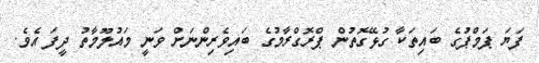
ފަޔަ ޕަމްޕުގެ ބައިތަކާ ގުޅޭގޮތުން ޕްރޮގްރާމުގެ ބައިވެރިންނަށް ވަނީ މައުލޫމާތު ދީފަ އެވެ.